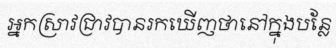
អ្នកស្រាវជ្រាវបានរកឃើញថានៅក្នុងបន្លែ